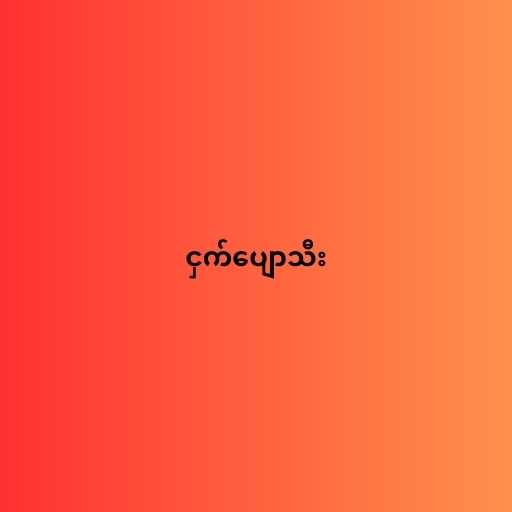
ငှက်ပျောသီး